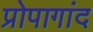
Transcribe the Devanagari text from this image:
प्रोपागांद